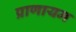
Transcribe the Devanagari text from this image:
प्राणायम